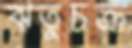
ঋতুচক্র